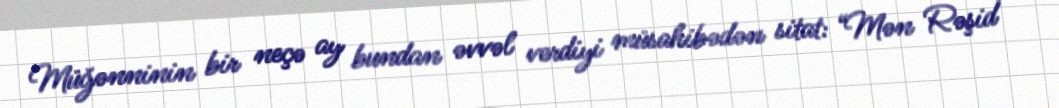
Müğənninin bir neçə ay bundan əvvəl verdiyi müsahibədən sitat: “Mən Rəşid